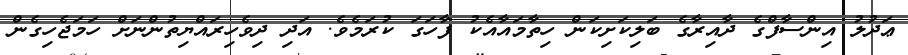
ޢަދުލު އިންސާފްގެ ދާއިރާގެ ބަލިކަށިކަން ހިތާމައާއެކު ފާހަގަ ކުރަމެވެ. އަދި ދިވެހިރައްޔިތުންނަށް ހަމަޖެހިގެން